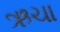
ઋચા